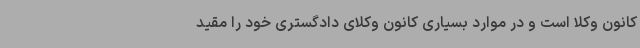
کانون وکلا است و در موارد بسیاری کانون وکلای دادگستری خود را مقید